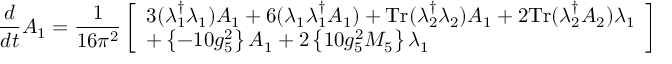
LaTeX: \frac { d } { d t } A _ { 1 } = \frac { 1 } { 1 6 \pi ^ { 2 } } \left[ \begin{array} { l l l } { { 3 ( \lambda _ { 1 } ^ { \dag } \lambda _ { 1 } ) A _ { 1 } + 6 ( \lambda _ { 1 } \lambda _ { 1 } ^ { \dag } A _ { 1 } ) + \mathrm { { T r } } ( \lambda _ { 2 } ^ { \dag } \lambda _ { 2 } ) A _ { 1 } + 2 { \mathrm { T r } } ( \lambda _ { 2 } ^ { \dag } A _ { 2 } ) \lambda _ { 1 } } } \\ { { + \left\{ - 1 0 g _ { 5 } ^ { 2 } \right\} A _ { 1 } + 2 \left\{ 1 0 g _ { 5 } ^ { 2 } M _ { 5 } \right\} \lambda _ { 1 } } } \end{array} \right]